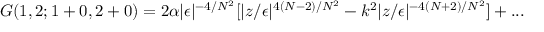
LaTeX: G ( 1 , 2 ; 1 + 0 , 2 + 0 ) = 2 \alpha | \epsilon | ^ { - 4 / N ^ { 2 } } [ | z / \epsilon | ^ { 4 ( N - 2 ) / N ^ { 2 } } - k ^ { 2 } | z / \epsilon | ^ { - 4 ( N + 2 ) / N ^ { 2 } } ] + . . .